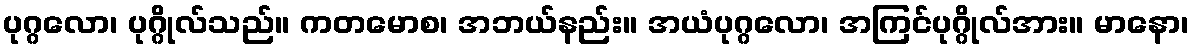
ပုဂ္ဂလော၊ ပုဂ္ဂိုလ်သည်။ ကတမောစ၊ အဘယ်နည်း။ အယံပုဂ္ဂလော၊ အကြင်ပုဂ္ဂိုလ်အား။ မာနော၊